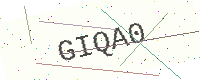
Text: GIQA0